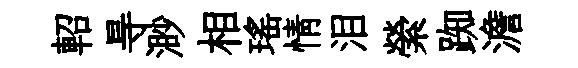
軺㝵渺相瑶情泪縈踟澹